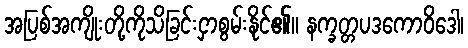
အပြစ်အကျိုးတို့ကိုသိခြင်းငှာစွမ်းနိုင်၏။ နက္ခတ္တပဒကောဝိဒေါ၊